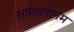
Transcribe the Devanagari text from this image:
साम्तावानम